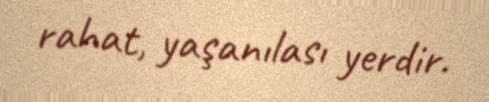
rahat, yaşanılası yerdir.